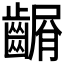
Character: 𪙆